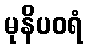
မုနိပဝရံ